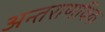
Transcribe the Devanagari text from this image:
अन्तराणविक